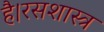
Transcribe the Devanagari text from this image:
है।रसशास्त्र